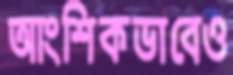
আংশিকভাবেও